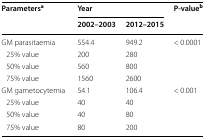
| <ROWSPAN=2> Parametersa | <COLSPAN=2> Year | <ROWSPAN=2> P-valueb (2-sided) |
 | 2002–2003 | 2012–2015 |
 | --- | --- | --- | --- |
 | GM parasitaemia | 554.4 | 949.2 | < 0.0001 |
 | 25% value | 200 | 280 |  |
 | 50% value | 560 | 800 |  |
 | 75% value | 1560 | 2600 |  |
 | GM gametocytemia | 54.1 | 106.4 | < 0.001 |
 | 25% value | 40 | 40 |  |
 | 50% value | 40 | 80 |  |
 | 75% value | 80 | 200 |  |